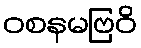
ဝစနမဗြဝိ